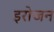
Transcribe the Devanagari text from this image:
इरोजन